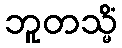
ဘူတသ္မိံ